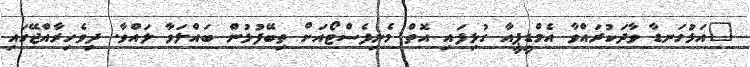
"އަޅުގަނޑާ ވާދަކުރައްވާ އެމްޑީޕީއާ ގުޅިފައި އޮތް މެނިފެސްޓޯއަށް ތިބޭފުޅުން ބައްލަވާ ލައްވާ. ދިވެހިރާއްޖޭގައި